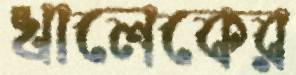
খালেকের